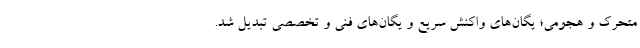
متحرک و هجومی؛ یگان‌های واکنش سریع و یگان‌های فنی و تخصصی تبدیل شد.